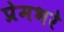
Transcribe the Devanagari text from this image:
प्रेमभरे